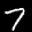
Label: 7